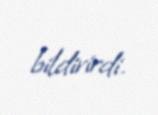
bildirirdi.